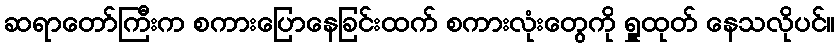
ဆရာတော်ကြီးက စကားပြောနေခြင်းထက် စကားလုံးတွေကို ရှူထုတ် နေသလိုပင်။